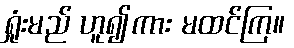
ရှုံးမည် ဟူ၍ကား မထင်ကြ။